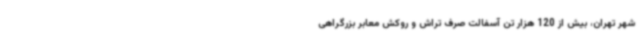
شهر تهران، بیش از 120 هزار تن آسفالت صرف تراش و روکش معابر بزرگراهی